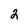
Character: 2